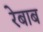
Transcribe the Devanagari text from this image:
रेबाब